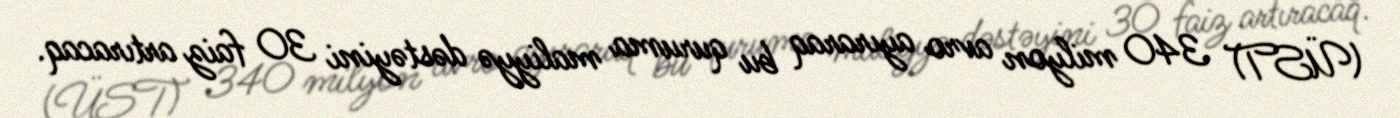
(ÜST) 340 milyon avro ayıraraq bu quruma maliyyə dəstəyini 30 faiz artıracaq.